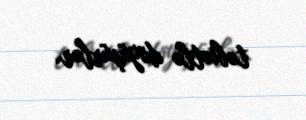
təbiətlə döyüşürlər.